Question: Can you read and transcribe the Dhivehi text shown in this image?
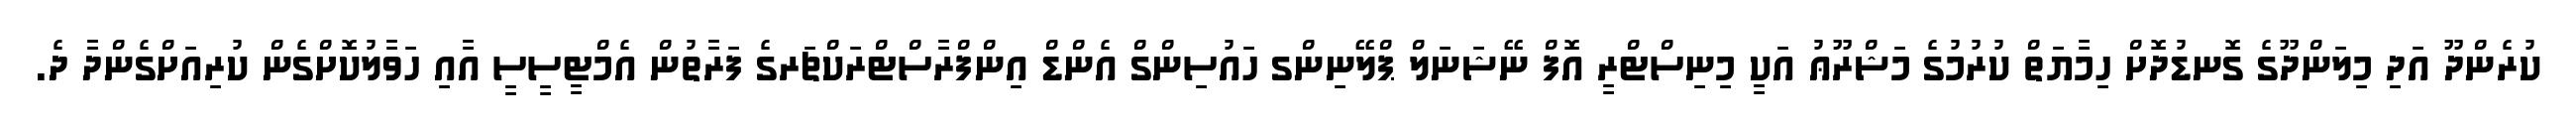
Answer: ކުރެންދޫ އަދި މިލަންދޫގެ ގޮނޑުދޮަށް ހިމާޔަތް ކުރުމުގެ މަޝްރޫޢު އަކީ މިނިސްޓްރީ އޮފް ނޭޝަނަލް ޕްލޭނިންގ ހައުސިންގް އެންޑް އިންފްރާސްޓްރަކްޗަރގެ ފަރާތުން އެމްޓީސީސީ އާއި ހަވާލުކޮށްގެން ކުރިއަށްގެންދާ ދެ.